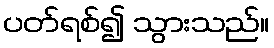
ပတ်ရစ်၍ သွားသည်။